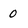
Character: 0